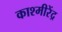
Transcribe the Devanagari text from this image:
काश्मीरेंद्र